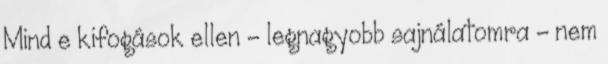
Mind e kifogások ellen - legnagyobb sajnálatomra - nem